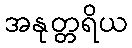
အနုတ္တရိယ